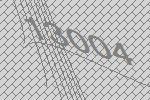
13004